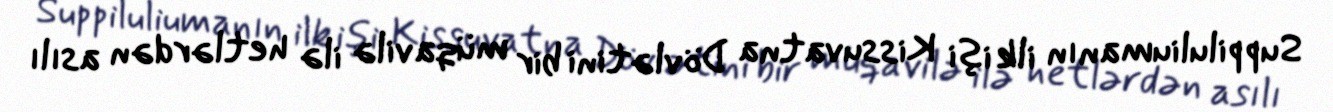
Suppiluliumanın ilk işi Kissuvatna Dövlətini bir müqavilə ilə hetlərdən asılı